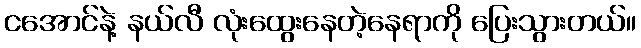
ငအောင်နဲ့ နယ်လီ လုံးထွေးနေတဲ့နေရာကို ပြေးသွားတယ်။